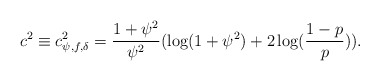
\begin{align*} c^2\equiv c^2_{\psi,f,\delta}=\frac{1+\psi^2}{\psi^2}(\log(1+\psi^2)+ 2\log(\frac{1-p}{p})). \end{align*}